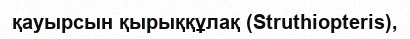
қауырсын қырыққұлақ (Struthіopterіs),